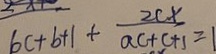
b c + b + 1 + \frac { 2 c x } { a c + c + 1 } = 1